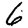
Digit: 6